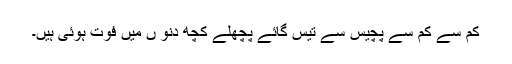
کم سے کم سے پچیس سے تیس گائے پچھلے کچھ دنو ں میں فوت ہوئی ہیں۔